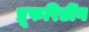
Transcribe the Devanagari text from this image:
प्रूफरिडींग